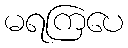
မရကြပေ